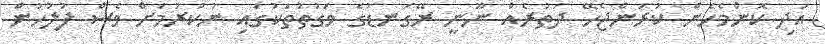
އަދި ކޮންމެހެން ކުރަންޖެހޭ ދަތުރެއް ނޫނީ ރޭގަނޑުގެ ވަގުތުތަކުގައި ނުކުރުމަށް ވެސް ފުލުހުން